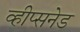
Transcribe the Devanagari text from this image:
व्हीप्सनेड